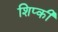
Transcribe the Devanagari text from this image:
शिप्की